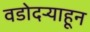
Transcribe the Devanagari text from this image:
वडोदऱ्याहून